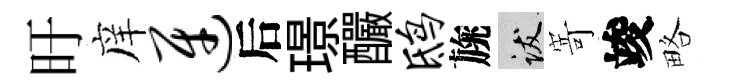
旴庠迓后璟釅鸱旐跋𭔃竣略